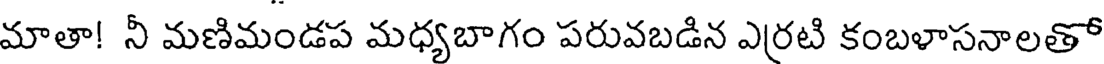
మాతా! నీ మణిమండప మధ్యబాగం పరువబడిన ఎర్రటి కంబళాసనాలతో